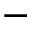
-